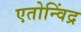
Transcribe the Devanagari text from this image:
एतोन्विंद्र